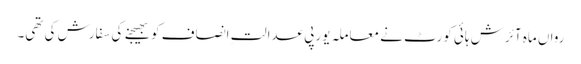
رواں ماہ آئرش ہائی کورٹ نے معاملہ یورپی عدالتِ انصاف کو بھیجنے کی سفارش کی تھی۔